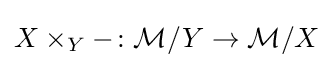
X\times _{Y}-\colon {\mathcal {M}}/Y\rightarrow {\mathcal {M}}/X